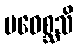
ပဝေစ္ဆသိ